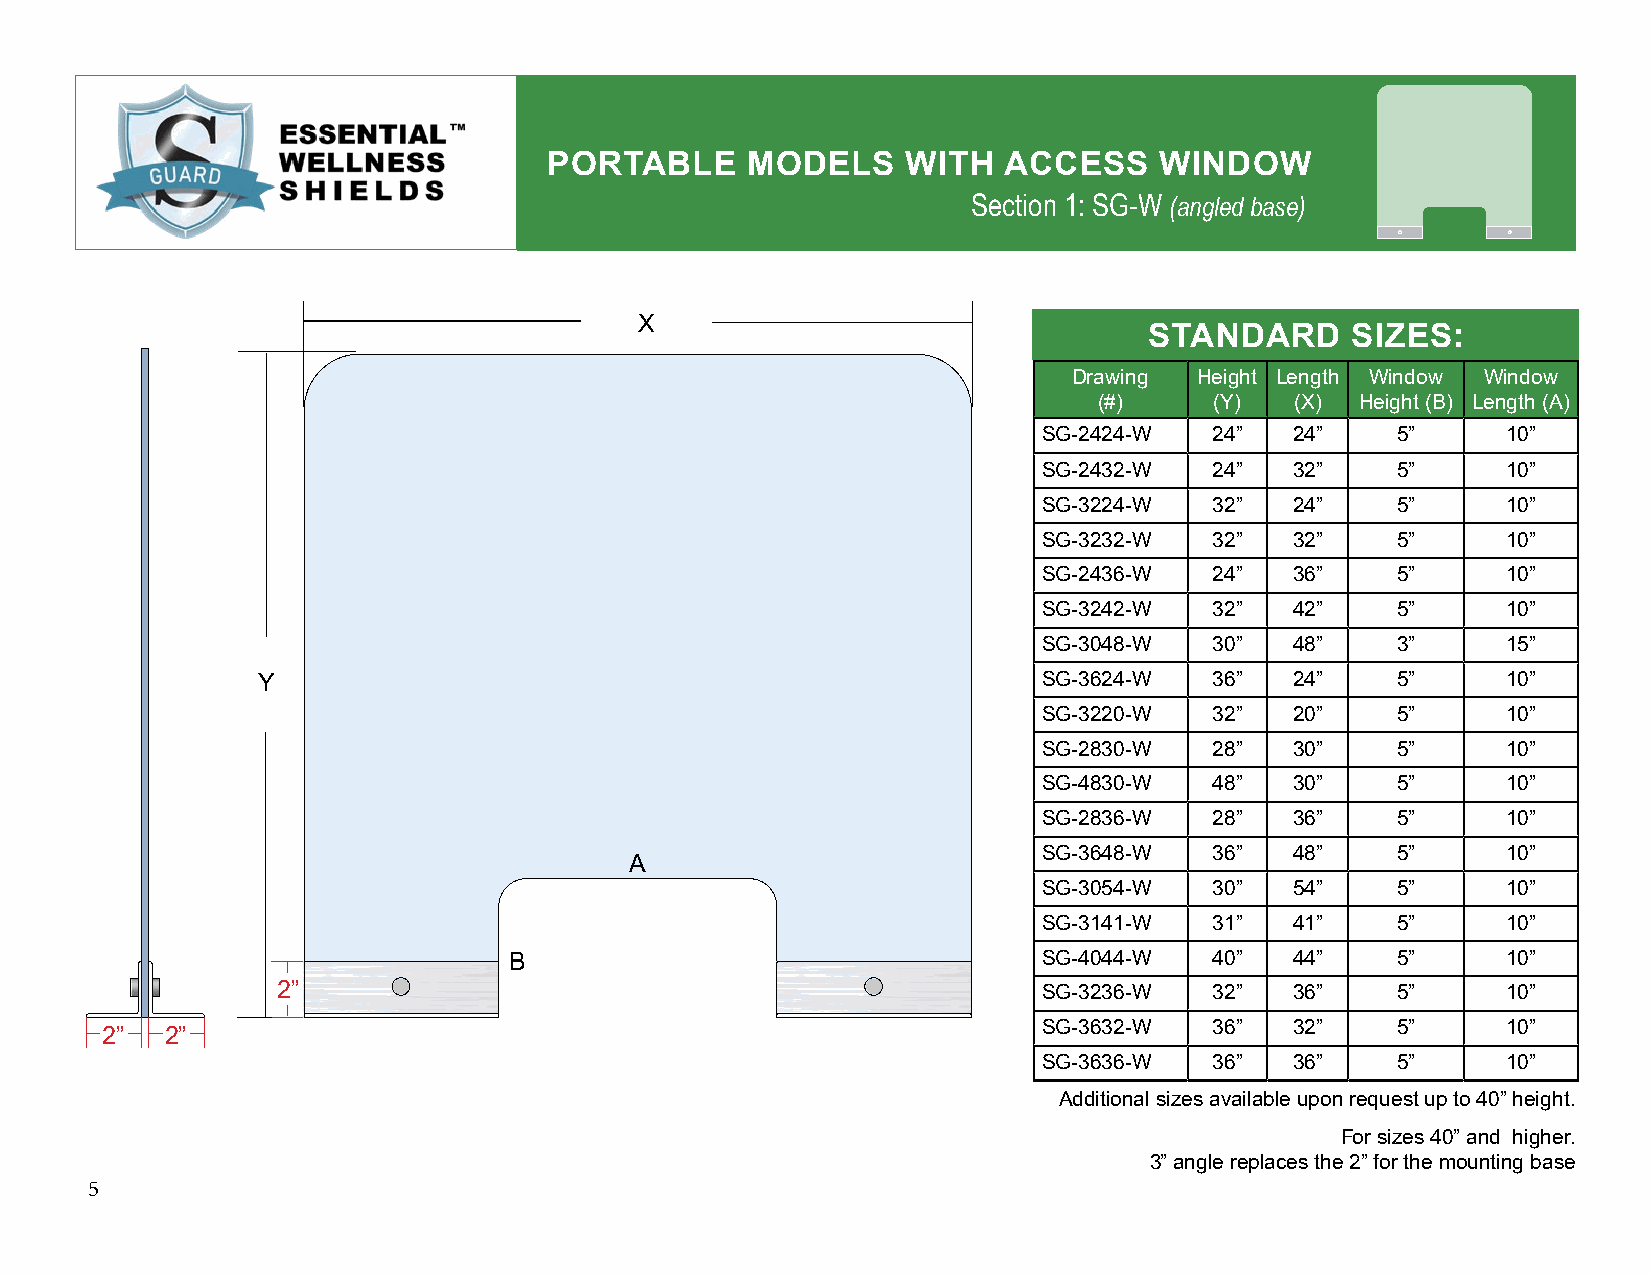
PORTABLE     MODELS     WITH  ACCESS     WINDOW
 Section 1: SG-W (angled base)
 X
 STANDARD     SIZES:
 Drawing Height Length Window Window
 (#)    (Y)   (X) Height (B) Length (A)
 SG-2424-W  24”   24”   5”      10”
 SG-2432-W  24”   32”   5”      10”
 SG-3224-W  32”   24”   5”      10”
 SG-3232-W  32”   32”   5”      10”
 SG-2436-W  24”   36”   5”      10”
 SG-3242-W  32”   42”   5”      10”
 SG-3048-W  30”   48”   3”      15”
 Y                                                   SG-3624-W  36”   24”   5”      10”
 SG-3220-W  32”   20”   5”      10”
 SG-2830-W  28”   30”   5”      10”
 SG-4830-W  48”   30”   5”      10”
 SG-2836-W  28”   36”   5”      10”
 SG-3648-W  36”   48”   5”      10”
 A
 SG-3054-W  30”   54”   5”      10”
 SG-3141-W  31”   41”   5”      10”
 B                                  SG-4044-W  40”   44”   5”      10”
 2”                                                 SG-3236-W  32”   36”   5”      10”
 SG-3632-W  36”   32”   5”      10”
 2”  2”
 SG-3636-W  36”   36”   5”      10”
 Additional sizes available upon request up to 40” height.
 For sizes 40” and higher.
 3” angle replaces the 2” for the mounting base
 5